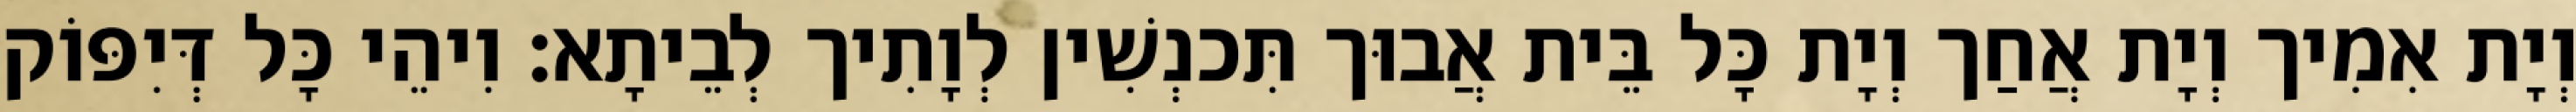
וְיָת אִמִיך וְיָת אֲחַך וְיָת כָּל בֵּית אֲבוּך תִּכנְשִׁין לְוָתִיך לְבֵיתָא׃ וִיהֵי כָּל דְּיִפּוֹק